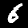
Label: 6